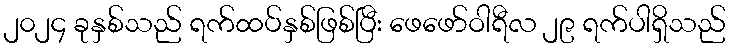
၂၀၂၄ ခုနှစ်သည် ရက်ထပ်နှစ်ဖြစ်ပြီး ဖေဖော်ဝါရီလ ၂၉ ရက်ပါရှိသည်